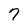
Character: 7